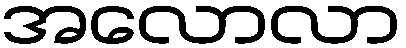
အလောလာ